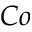
_ { C o }